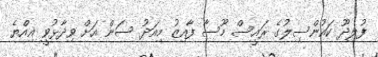
ފުލިދޫ ކައުންސިލުގެ ރައީސް މޫސާ ފާއިޒު މިއަދު ސަން އަށް ވިދާޅުވީ އިއްޔެ